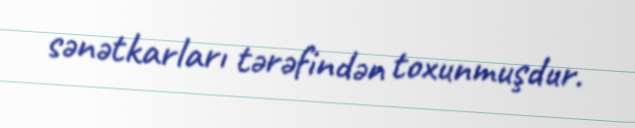
sənətkarları tərəfindən toxunmuşdur.